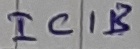
Text: IC1B